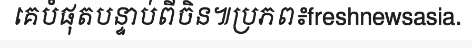
គេបំផុតបន្ទាប់ពីចិន៕ប្រភព៖freshnewsasia.